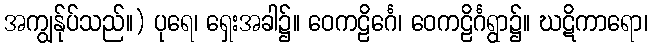
အကျွန်ုပ်သည်။) ပုရေ၊ ရှေးအခါ၌။ ဝေကဠိင်္ဂေ၊ ဝေကဠိင်္ဂရွာ၌။ ဃဋိကာရော၊